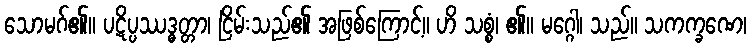
သောမဂ်၏။ ပဋိပ္ပဿဒ္ဓတ္တာ၊ ငြိမ်းသည်၏ အဖြစ်ကြောင့်။ ဟိ သစ္စံ၊ ၏။ မဂ္ဂေါ၊ သည်။ သကက္ခဏေ၊